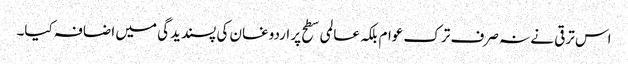
اس ترقی نے نہ صرف ترک عوام بلکہ عالمی سطح پر اردوغان کی پسندیدگی میں اضافہ کیا۔